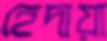
হেদায়া